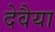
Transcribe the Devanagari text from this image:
देवैया